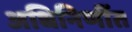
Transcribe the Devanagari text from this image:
अधिनिर्णीत